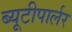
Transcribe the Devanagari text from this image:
ब्यूटीपार्लर